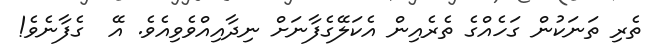
ތެރި ތަނަކުން ގަހެއްގެ ތެރެއިން އެކަލޭގެފާނަށް ނިދާއިއްވެވިއެވެ. އޭ  ގެފާނެވެ!